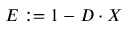
E : = 1 - D \cdot X